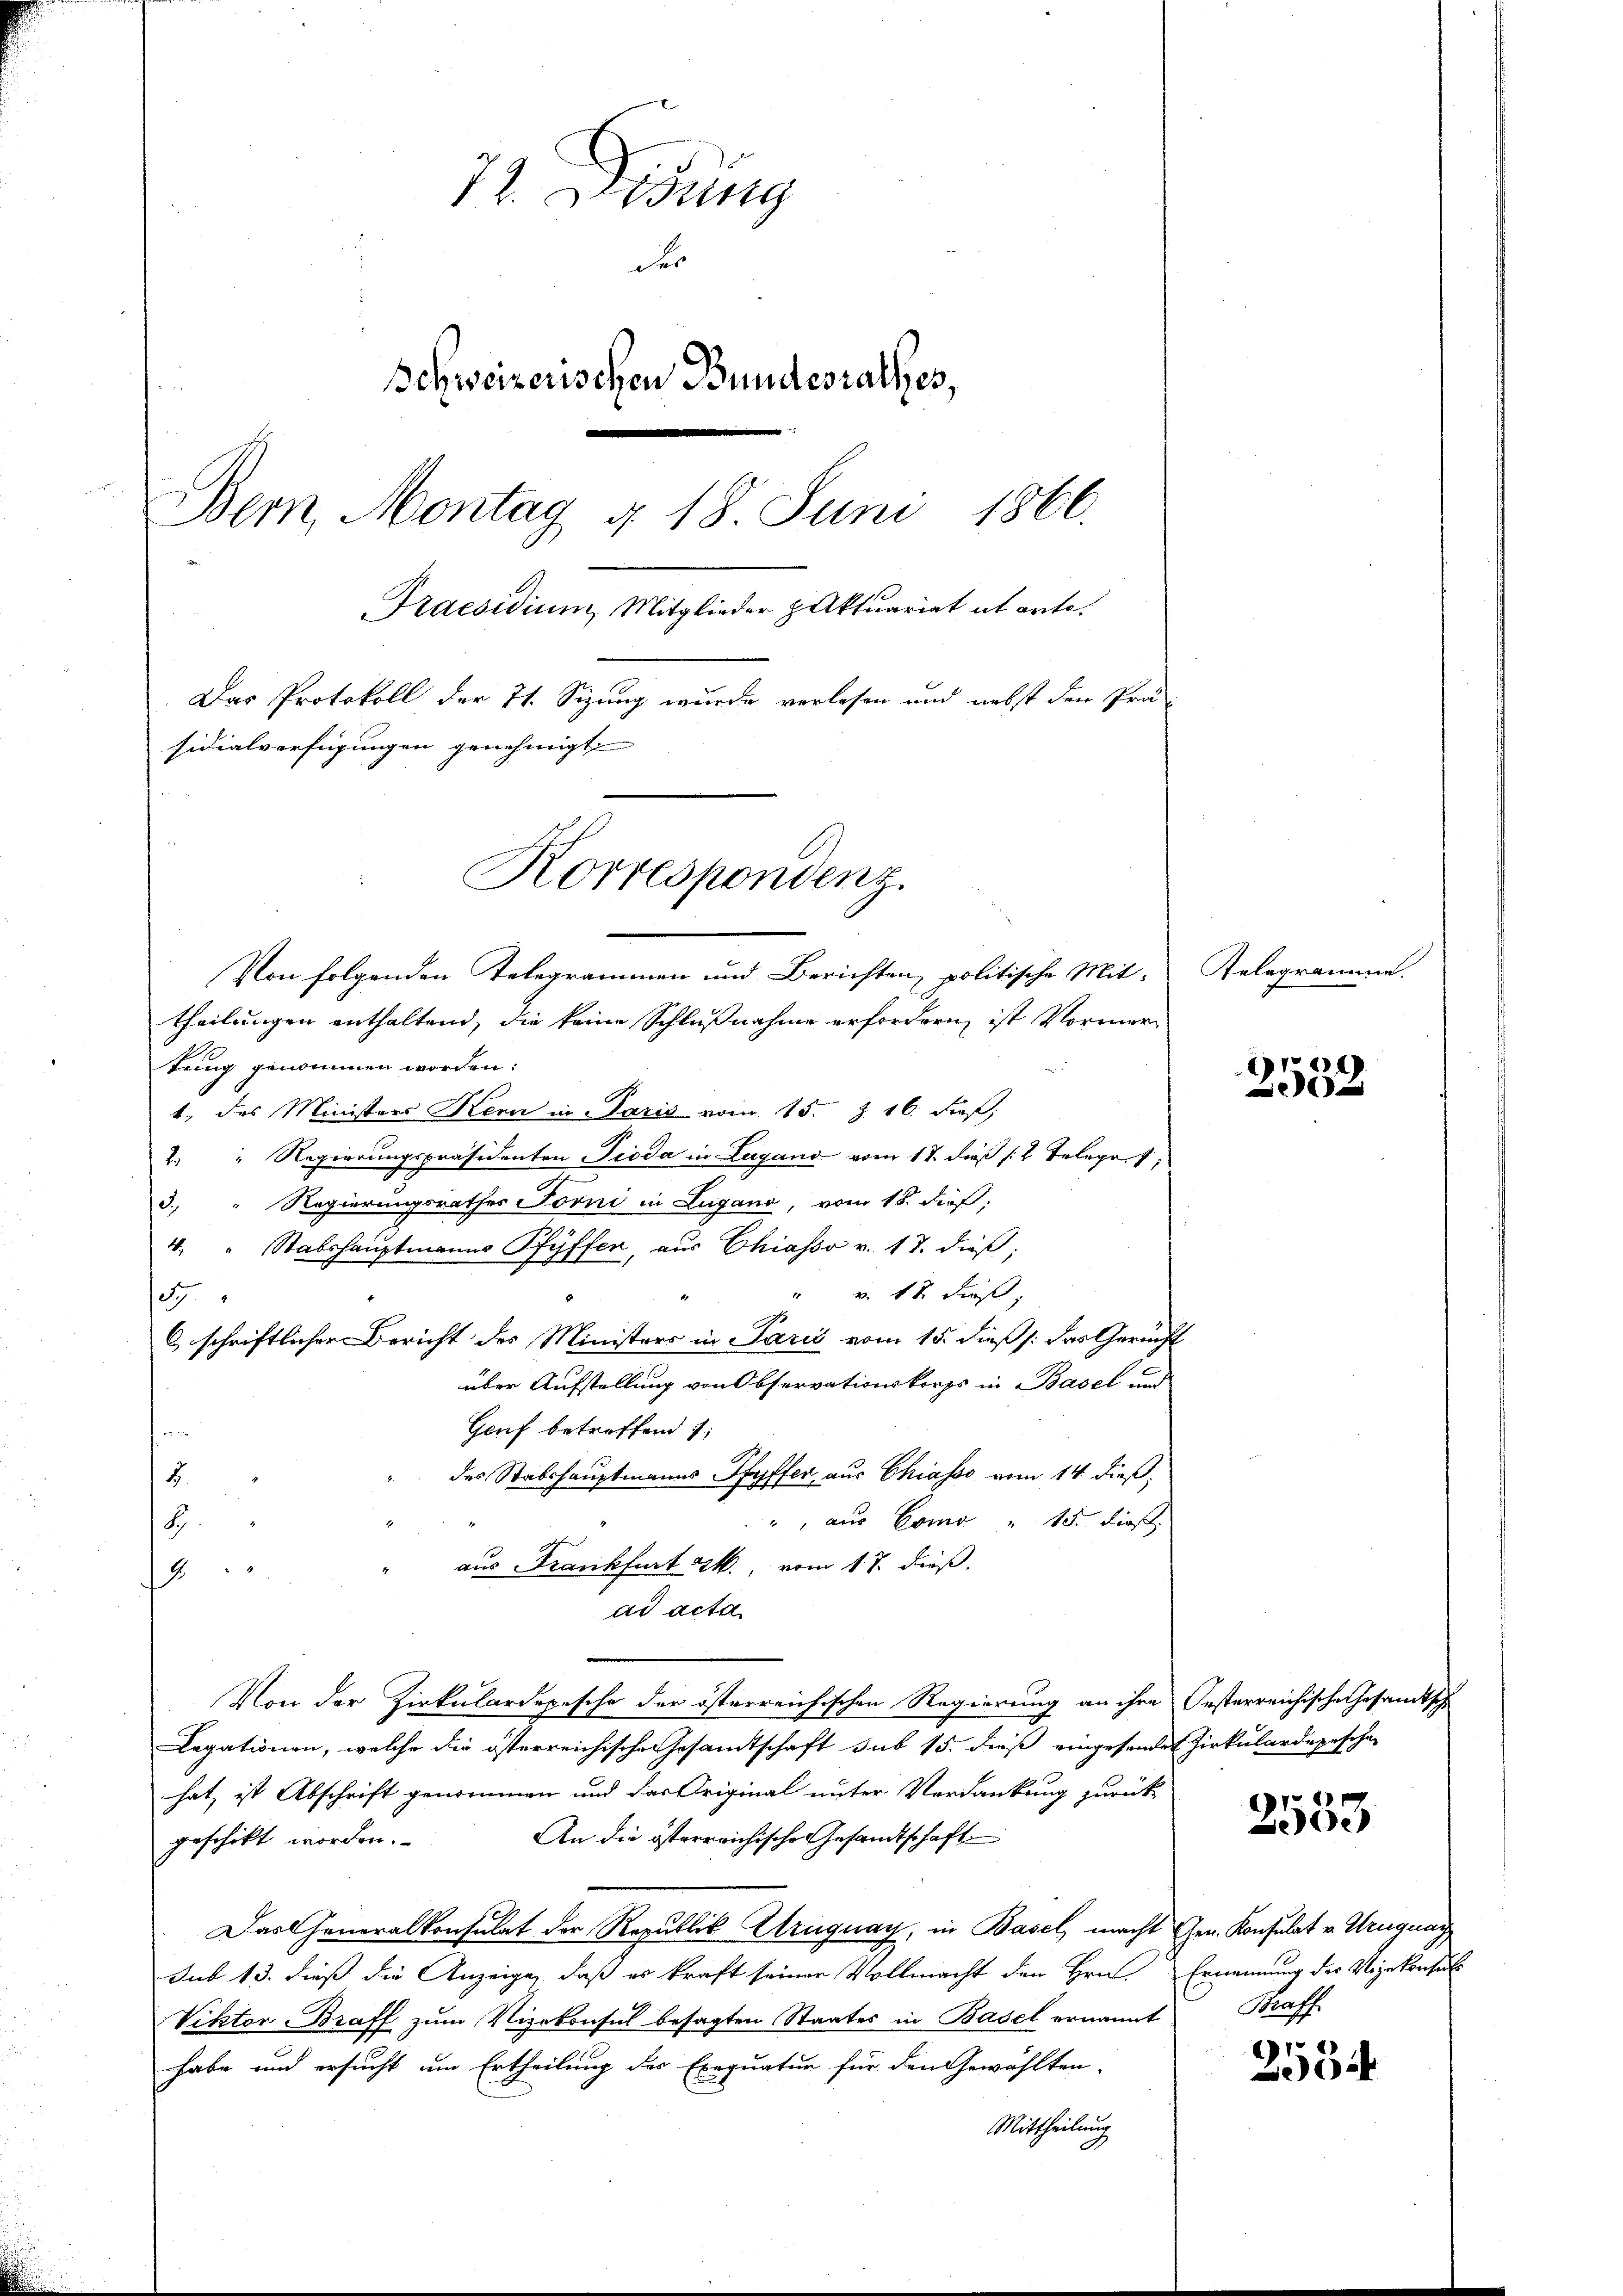
12. Didung
der
Schweizerischen Bundesrathes,
Bern, Montag § 18 Juni 1866.
Praesidium, Mitglieder z Aktuariat ab arte.
Das Protokoll der 71. Sizung wurde verlesen und nebst den Prä-
sidialverfügungen genehmigt.
Korrespondenz.
Von folgenden Telegrammen und Berichten politische Mittheilungen enthaltend, die keine Schlußnahme erfordern, ist Vormor¬

tung genommen worden:
1., des Ministers Kern in Paris vom 15. Z. 16. dieß,
2. " Regierungspräsidenten Pioda in Lugano vom 17. dieß (2. Telegres
3. " Regierungsrathes Forni in Lugano, vom 18. dieß,
4. " Stabshauptmanns Pfyffer, aus Chiasso v. 17. dieß;
" v. 12 Fuß,
1
1
6 schriftlicher Bericht des Ministers in Paris vom 15. dieß /: das Gericht
über Aufstellung von Observationskorps in Basel und
Genf betreffend :
des Stabshauptmanns Hyffer aus Chiasso vom 14. dieß,
2
", aus Como " 15. dies
8.
aus Frankfurt M. vom 17. dieß.
2
ad acta
Von der Zirkulardepesche der österreichischen Regierung an ihre Oesterreichische Gesandtsch
Legationen, welche die österreichische Gesamtschaft sub 15. dieß eingesendet Zirkulardepesche
hat, ist Abschrift genommen und das Original unter Verdankung zurück¬
An die österreichische Gesandtschaft
geschikt worden.
Das Generalkonsulat der Republik Uruguay, in Basel, macht Gen. Konsulat v. Uruguag
Sub 13. dieß die Anzeige, daß es kraft seiner Vollmacht den Hrn. Ernennung des Vizekonsul
Viktor Braff zum Vizekonsul besagten Staates in Basel ernannt
habe und ersucht um Ertheilung des Exequatur für den Gewählten-
Mittheilung

Telegramme.

64)
200

.
e

Straff

2534